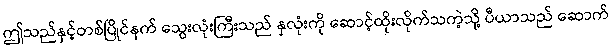
ဤသည်နှင့်တစ်ပြိုင်နက် သွေးလုံးကြီးသည် နှလုံးကို ဆောင့်ထိုးလိုက်သကဲ့သို့ ပီယာသည် ဆောက်